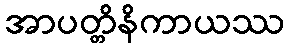
အာပတ္တိနိကာယဿ